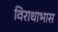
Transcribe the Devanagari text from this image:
विराधाभास